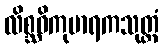
လိစ္ဆဝိကုမာရကသုတ္တံ